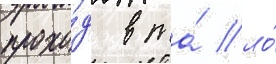
прохо́д в та́ ло́